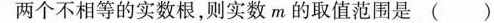
两个不相等的实数根，则实数m的取值范围是( )